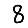
Digit: 8